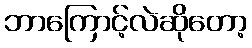
ဘာကြောင့်လဲဆိုတော့